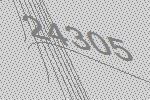
24305